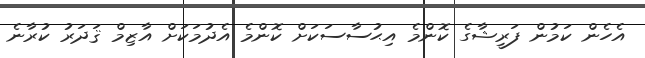
އެހެން ކަމުން ފަރީޝާގެ ކޮންމެ އިޙުސާސަކަށް ކޮންމެ އެދުމަކަށް އާޒިމް ޤަދަރު ކުރާނެ